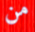
من